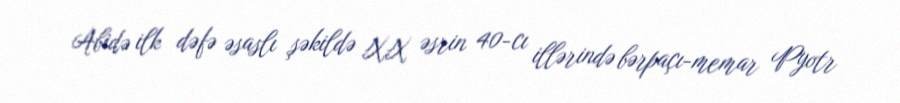
Abidə ilk dəfə əsaslı şəkildə XX əsrin 40-cı illərində bərpaçı-memar Pyotr